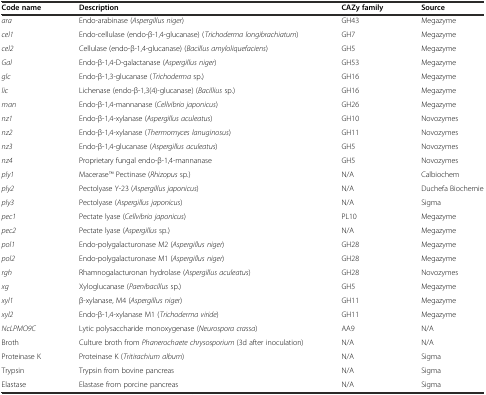
| Code name | Description | CAZy family | Source |
 | --- | --- | --- | --- |
 | ara | Endo-arabinase (Aspergillus niger) | GH43 | Megazyme |
 | cel1 | Endo-cellulase (endo-β-1,4-glucanase) (Trichoderma longibrachiatum) | GH7 | Megazyme |
 | cel2 | Cellulase (endo-β-1,4-glucanase) (Bacillus amyloliquefaciens) | GH5 | Megazyme |
 | Gal | Endo-β-1,4-D-galactanase (Aspergillus niger) | GH53 | Megazyme |
 | glc | Endo-β-1,3-glucanase (Trichoderma sp.) | GH16 | Megazyme |
 | lic | Lichenase (endo-β-1,3(4)-glucanase) (Bacillius sp.) | GH16 | Megazyme |
 | man | Endo-β-1,4-mannanase (Cellvibrio japonicus) | GH26 | Megazyme |
 | nz1 | Endo-β-1,4-xylanase (Aspergillus aculeatus) | GH10 | Novozymes |
 | nz2 | Endo-β-1,4-xylanase (Thermomyces lanuginosus) | GH11 | Novozymes |
 | nz3 | Endo-β-1,4-glucanase (Aspergillus aculeatus) | GH5 | Novozymes |
 | nz4 | Proprietary fungal endo-β-1,4-mannanase | GH5 | Novozymes |
 | ply1 | MaceraseTM Pectinase (Rhizopus sp.) | N/A | Calbiochem |
 | ply2 | Pectolyase Y-23 (Aspergillus japonicus) | N/A | Duchefa Biochemie |
 | ply3 | Pectolyase (Aspergillus japonicus) | N/A | Sigma |
 | pec1 | Pectate lyase (Cellvibrio japonicus) | PL10 | Megazyme |
 | pec2 | Pectate lyase (Aspergillus sp.) | N/A | Megazyme |
 | pol1 | Endo-polygalacturonase M2 (Aspergillus niger) | GH28 | Megazyme |
 | pol2 | Endo-polygalacturonase M1 (Aspergillus niger) | GH28 | Megazyme |
 | rgh | Rhamnogalacturonan hydrolase (Aspergillus aculeatus) | GH28 | Novozymes |
 | xg | Xyloglucanase (Paenibacillus sp.) | GH5 | Megazyme |
 | xyl1 | β-xylanase, M4 (Aspergillus niger) | GH11 | Megazyme |
 | xyl2 | Endo-β-1,4-xylanase M1 (Trichoderma viride) | GH11 | Megazyme |
 | NcLPMO9C | Lytic polysaccharide monoxygenase (Neurospora crassa) | AA9 | N/A |
 | Broth | Culture broth from Phanerochaete chrysosporium (3d after inoculation) | N/A | N/A |
 | Proteinase K | Proteinase K (Tritirachium album) | N/A | Sigma |
 | Trypsin | Trypsin from bovine pancreas | N/A | Sigma |
 | Elastase | Elastase from porcine pancreas | N/A | Sigma |